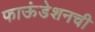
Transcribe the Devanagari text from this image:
फाऊंडेशनची